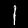
Label: 1